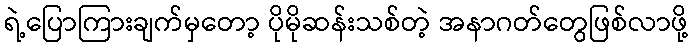
ရဲ့ပြောကြားချက်မှတော့ ပိုမိုဆန်းသစ်တဲ့ အနာဂတ်တွေဖြစ်လာဖို့